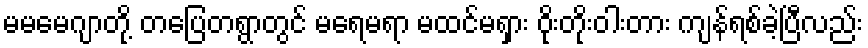
မမမေဂျာတို့ တပြေတရွာတွင် မရေမရာ မထင်မရှား ဝိုးတိုးဝါးတား ကျန်ရစ်ခဲ့ပြီလည်း